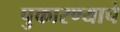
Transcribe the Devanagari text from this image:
पुकारण्याचे